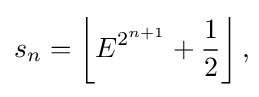
s_{n}=\left\lfloor E^{2^{n+1}}+{\frac {1}{2}}\right\rfloor ,\!